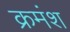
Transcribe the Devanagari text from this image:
क्रमंश